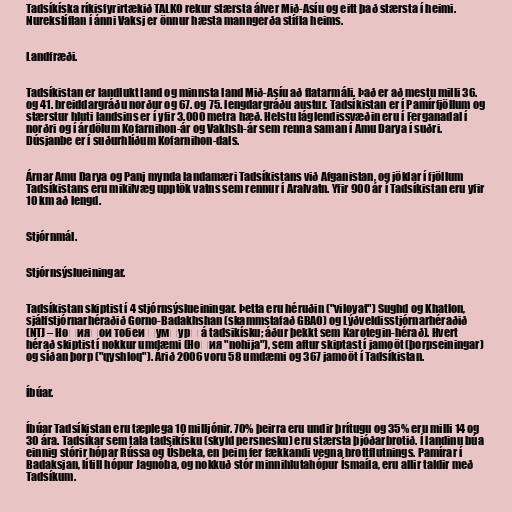
Tadsíkíska ríkisfyrirtækið TALKO rekur stærsta álver Mið-Asíu og eitt það stærsta í heimi.
Nurekstíflan í ánni Vaksj er önnur hæsta manngerða stífla heims.

Landfræði.

Tadsíkistan er landlukt land og minnsta land Mið-Asíu að flatarmáli. Það er að mestu milli 36.
og 41. breiddargráðu norður og 67. og 75. lengdargráðu austur. Tadsíkistan er í Pamírfjöllum og
stærstur hluti landsins er í yfir 3.000 metra hæð. Helstu láglendissvæðin eru í Ferganadal í
norðri og í árdölum Kofarnihon-ár og Vakhsh-ár sem renna saman í Amu Darya í suðri.
Dúsjanbe er í suðurhlíðum Kofarnihon-dals.

Árnar Amu Darya og Panj mynda landamæri Tadsíkistans við Afganistan, og jöklar í fjöllum
Tadsíkistans eru mikilvæg upptök vatns sem rennur í Aralvatn. Yfir 900 ár í Tadsíkistan eru yfir
10 km að lengd.

Stjórnmál.

Stjórnsýslueiningar.

Tadsíkistan skiptist í 4 stjórnsýslueiningar. Þetta eru héruðin ("viloyat") Sughd og Khatlon,
sjálfstjórnarhéraðið Gorno-Badakhshan (skammstafað GBAO) og Lýðveldisstjórnarhéraðið
(NTJ – Ноҳияҳои тобеи ҷумҳурӣ á tadsikísku; áður þekkt sem Karotegin-hérað). Hvert
hérað skiptist í nokkur umdæmi (Ноҳия "nohija"), sem aftur skiptast í jamoöt (þorpseiningar)
og síðan þorp ("qyshloq"). Árið 2006 voru 58 umdæmi og 367 jamoöt í Tadsíkistan.

Íbúar.

Íbúar Tadsíkistan eru tæplega 10 milljónir. 70% þeirra eru undir þrítugu og 35% eru milli 14 og
30 ára. Tadsíkar sem tala tadsikísku (skyld persnesku) eru stærsta þjóðarbrotið. Í landinu búa
einnig stórir hópar Rússa og Úsbeka, en þeim fer fækkandi vegna brottflutnings. Pamírar í
Badaksjan, lítill hópur Jagnóba, og nokkuð stór minnihlutahópur Ísmaíla, eru allir taldir með
Tadsíkum.